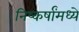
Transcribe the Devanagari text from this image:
निष्कर्षांमध्ये